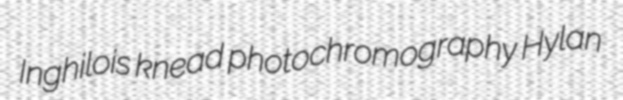
Inghilois knead photochromography Hylan